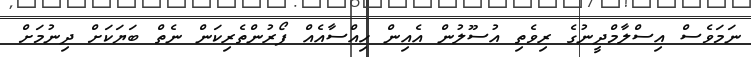
ނަމަވެސް އިސްލާމްދީނުގެ ރިވެތި އުސޫލުން އެއިން ހިއްސާއެއް ފޯރުންތެރިކަން ނެތް ބަޔަކަށް ދިނުމަށް